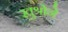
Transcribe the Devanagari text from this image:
खुश्रोने